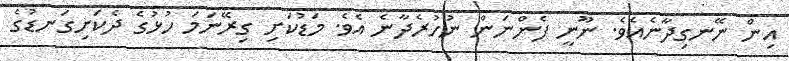
އިން ނޭނގިދާނެއެވެ. ނޫނީ ފެންނަން ނުހުރެދާނެ އެވެ. މަޑުކަށި ގިރޭނަމަ ހުޅުގެ ދެކަށިގަނޑުގެ